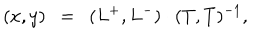
LaTeX: ( x , y ) ~ ~ = ~ ~ ( L ^ { + } , L ^ { - } ) \cdot ( T , T ) ^ { - 1 } ,